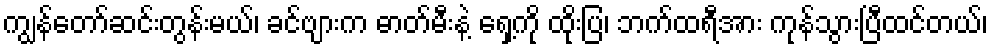
ကျွန်တော်ဆင်းတွန်းမယ်၊ ခင်ဗျားက ဓာတ်မီးနဲ့ ရှေ့ကို ထိုးပြ၊ ဘက်ထရီအား ကုန်သွားပြီထင်တယ်၊